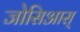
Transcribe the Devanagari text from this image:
जोसिआस्